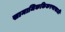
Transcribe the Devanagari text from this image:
सामाजिककिकरणासाठी